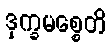
ဒုက္ခမစ္စေတိ